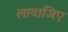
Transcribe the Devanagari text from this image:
लावाजिए